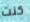
كنت